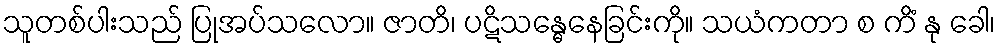
သူတစ်ပါးသည် ပြုအပ်သလော။ ဇာတိ၊ ပဋိသန္ဓေနေခြင်းကို။ သယံကတာ စ ကိံ နု ခေါ၊